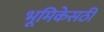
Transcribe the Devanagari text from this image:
भूमिकेसठी